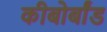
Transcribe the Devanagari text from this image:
कीबोर्बांड